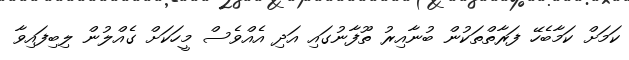
ކަމަށް ކަމާބެހޭ ފަރާތްތަކުން ބުނާއިރު ތޫފާނުގައި އަދި އެއްވެސް މީހަކަށް ގެއްލުން ލިބިފައިވާ